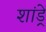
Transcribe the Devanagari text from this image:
शांड्रे